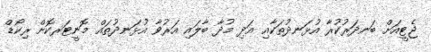
ޖެޓީއަށް ބަނދަރުކުރާ އުޅަނދުތަކާއި އަދި މުދާ ބާލައި އަރުވާ އުޅަނދުތައް މޮނީޓަރކޮށް ރިކޯޑް